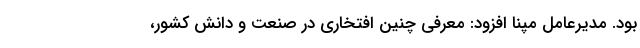
بود. مدیرعامل مپنا افزود: معرفی چنین افتخاری در صنعت و دانش کشور،